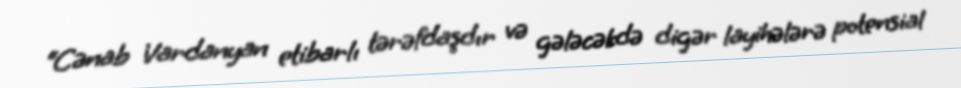
“Cənab Vardanyan etibarlı tərəfdaşdır və gələcəkdə digər layihələrə potensial